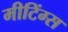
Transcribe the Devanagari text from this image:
मीटिंग्स